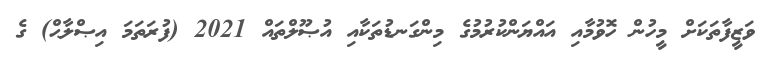
ވަޒީފާތަކަށް މީހުން ހޮވުމާއި އައްޔަންކުރުމުގެ މިންގަނޑުތަކާއި އުޞޫލްތައް 2021 (ފުރަތަމަ އިޞްލާޙް) ގެ